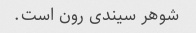
شوهر سیندی رون است.